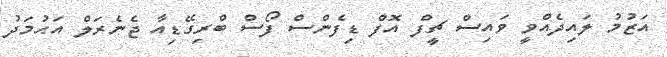
އަޒުމު ލައިދެއްވީ ވައިސް ޗީފް އޮފް ޑިފެންސް ފޯސް ބްރިގޭޑިއާ ޖެނެރަލް އަޙުމަދު